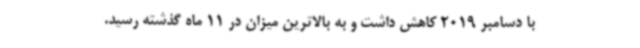
با دسامبر 2019 کاهش داشت و به بالاترین میزان در 11 ماه گذشته رسید.